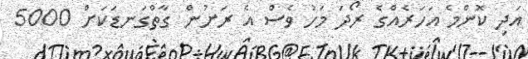
އަދި ކޮންމެ އަހަރެއްގެ ރޯދަ މަހު ވެސް އެ ރަށުން ގާތްގަނޑަކަށް 5000